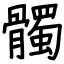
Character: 髑